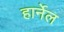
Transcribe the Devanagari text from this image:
हार्नेल